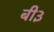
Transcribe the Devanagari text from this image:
बी३